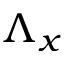
\Lambda _ { x }